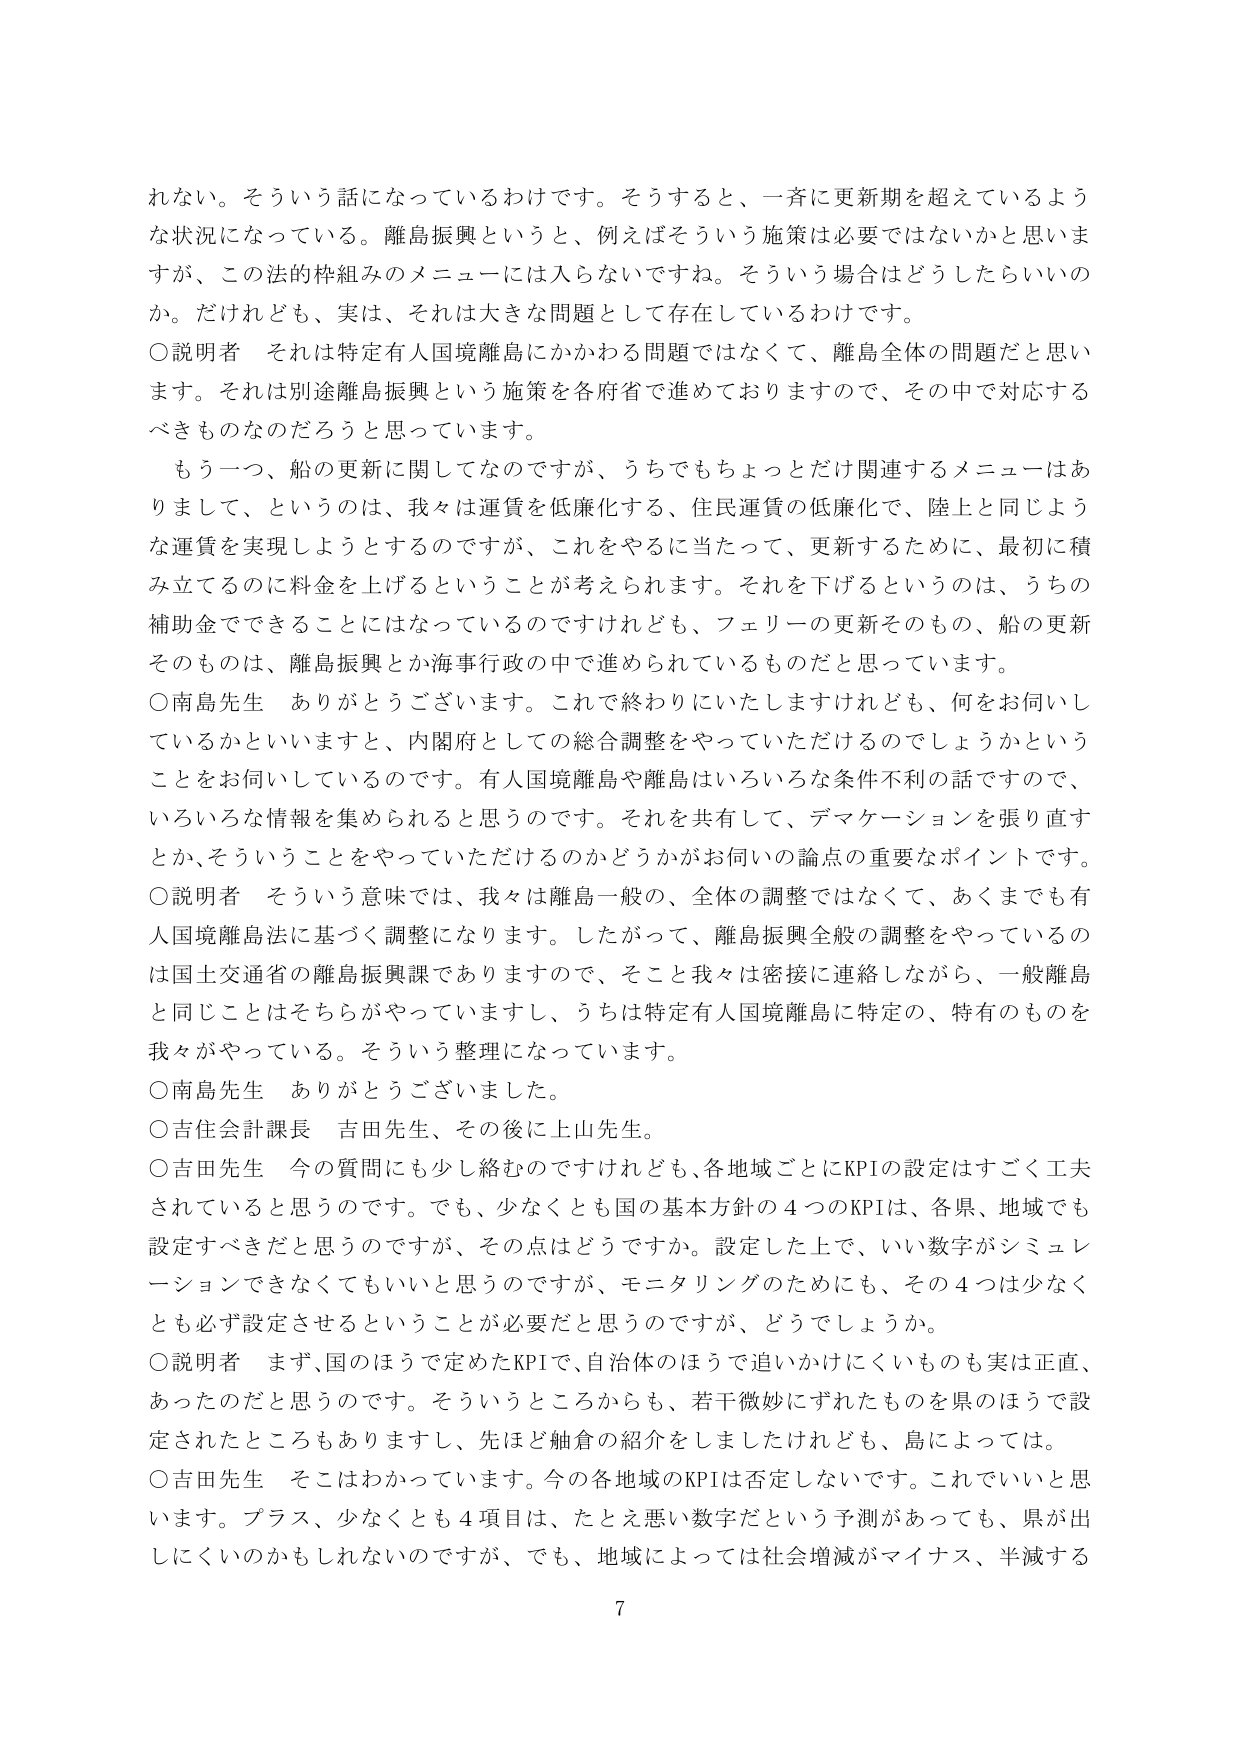
れない。そういう話になっているわけです。そうすると、一斉に更新期を超えているような状況になっている。離島振興というと、例えばそういう施策は必要ではないかと思いますが、この法的枠組みのメニューには入らないですね。そういう場合はどうしたらいいのか。だれれども、実は、それは大きな問題として存在しているわけです。

〇説明者　それは特定有人国境離島にかかわる問題ではなくて、離島全体の問題だと思います。それは別途離島振興という施策を各府省で進めておりますので、その中で対応するべきものなのだろうと思っています。

　もう一つ、船の更新に関してなのですが、うちでもちょっとだけ関連するメニューはありまして、というのは、我々は運賃を低廉化する、住民運賃の低廉化で、陸上と同じような運賃を実現しようとするのですが、これをやるに当たって、更新するために、最初に積み立てるのに料金を上げるということが考えられます。それを下げるというのは、うちの補助金でできることにはなっているのですけれども、フェリーの更新そのもの、船の更新そのものは、離島振興とか海事行政の中で進められているものだと思っています。

〇南島先生　ありがとうございます。これで終わりにいたしますけれども、何をお伺いしているかといいますと、内閣府としての総合調整をやっていただけるのでしょうかということをお伺いしているのです。有人国境離島や離島はいろいろな条件不利の話ですので、いろいろな情報を集められると思うのです。それを共有して、デマケーションを張り直すとか、そういうことをやっていただけるのかどうかがお伺いの論点の重要なポイントです。

〇説明者　そういう意味では、我々は離島一般の、全体の調整ではなくて、あくまでも有人国境離島法に基づく調整になります。したがって、離島振興全般の調整をやっているのは国土交通省の離島振興課でありますので、そこと我々は密接に連絡しながら、一般離島と同じことはそちらがやっていますし、うちは特定有人国境離島に特定の、特有のものを我々がやっている。そういう整理になっています。

〇南島先生　ありがとうございました。

〇吉住会計課長　吉田先生、その後に上山先生。

〇吉田先生　今の質問にも少し絡むのですけれども、各地域ごとにKPIの設定はすごく工夫されていると思うのです。でも、少なくとも国の基本方針の４つのKPIは、各県、地域でも設定すべきだと思うのですが、その点はどうですか。設定した上で、いい数字がシミュレーションできなくてもいいと思うのですが、モニタリングのためにも、その４つは少なくとも必ず設定させるということが必要だと思うのですが、どうでしょうか。

〇説明者　まず、国のほうで定めたKPIで、自治体のほうで追いかけにくいものも実は正直、あったのだと思うのです。そういうところからも、若干微妙にずれたものを県のほうで設定されたところもありますし、先ほど触倉の紹介をしましたけれども、島によっては。

〇吉田先生　そこはわかっています。今の各地域のKPIは否定しないです。これでいいと思います。プラス、少なくとも４項目は、たとえ悪い数字だという予測があっても、県が出しにくいのかもしれないのですが、でも、地域によっては社会増減がマイナス、半減する

7